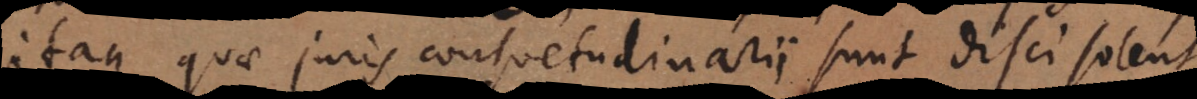
Itaque quae juris consuetudinarii sunt disci solent